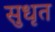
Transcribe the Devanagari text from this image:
सुधृत